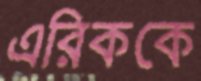
এরিককে